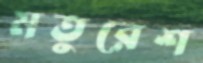
মতুরেশ